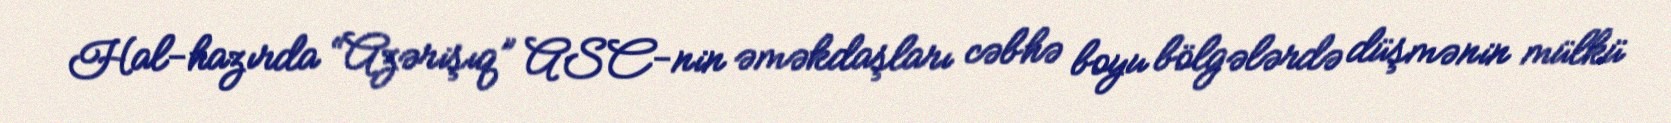
Hal-hazırda “Azərişıq” ASC-nin əməkdaşları cəbhə boyu bölgələrdə düşmənin mülkü